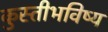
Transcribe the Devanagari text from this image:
कुस्तीभविष्य